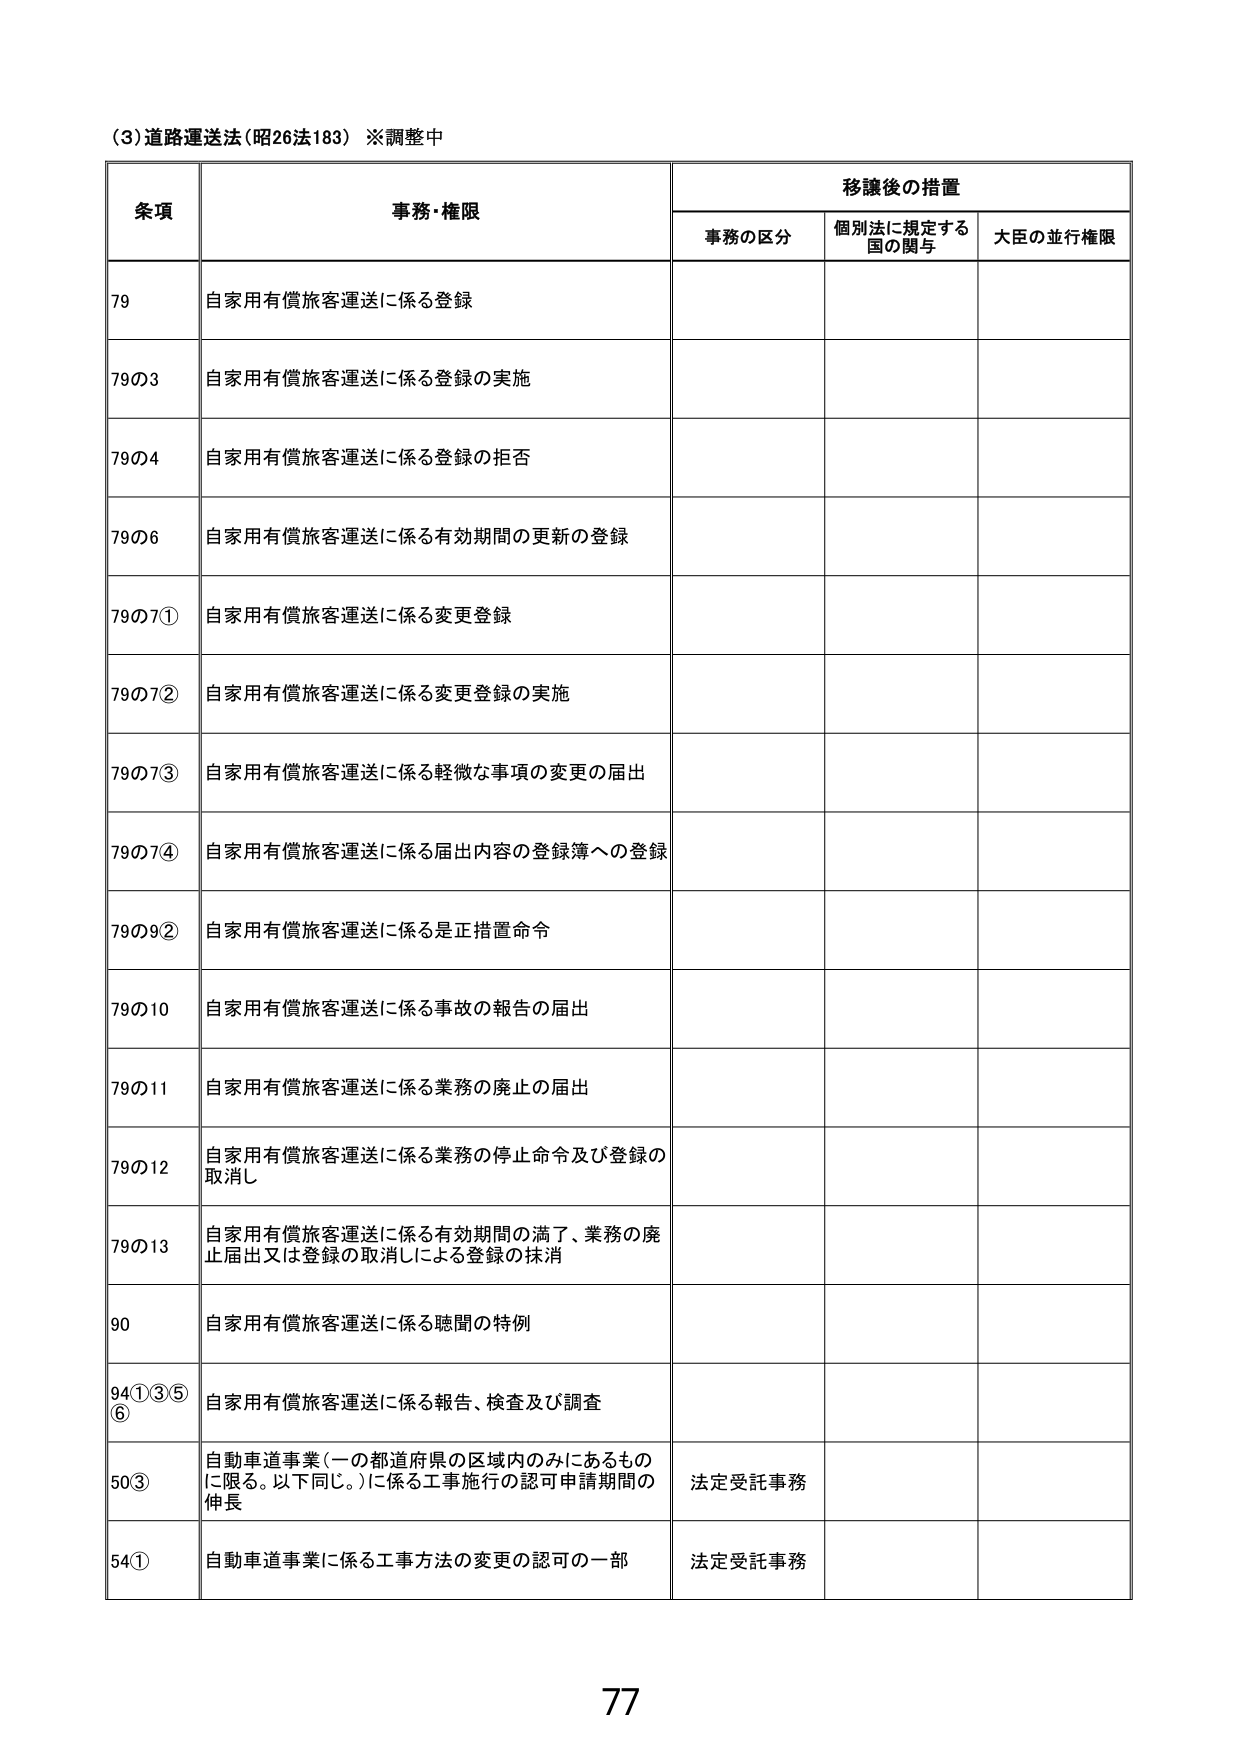
(3)道路運送法(昭26法183) ※調整中

条項 事務・権限 移譲後の措置
事務の区分 個別法に規定する国の関与 大臣の並行権限

79 自家用有償旅客運送に係る登録

79の3 自家用有償旅客運送に係る登録の実施

79の4 自家用有償旅客運送に係る登録の拒否

79の6 自家用有償旅客運送に係る有効期間の更新の登録

79の7① 自家用有償旅客運送に係る変更登録

79の7② 自家用有償旅客運送に係る変更登録の実施

79の7③ 自家用有償旅客運送に係る軽微な事項の変更の届出

79の7④ 自家用有償旅客運送に係る届出内容の登録簿への登録

79の9② 自家用有償旅客運送に係る是正措置命令

79の10 自家用有償旅客運送に係る事故の報告の届出

79の11 自家用有償旅客運送に係る業務の廃止の届出

79の12 自家用有償旅客運送に係る業務の停止命令及び登録の取消し

79の13 自家用有償旅客運送に係る有効期間の満了、業務の廃止届出又は登録の取消しによる登録の抹消

90 自家用有償旅客運送に係る聴聞の特例

94①③⑤⑥ 自家用有償旅客運送に係る報告、検査及び調査

50③ 自動車道事業(一の都道府県の区域内のみにあるものに限る。以下同じ。)に係る工事施行の認可申請期間の伸長 法定受託事務

54① 自動車道事業に係る工事方法の変更の認可の一部 法定受託事務

77